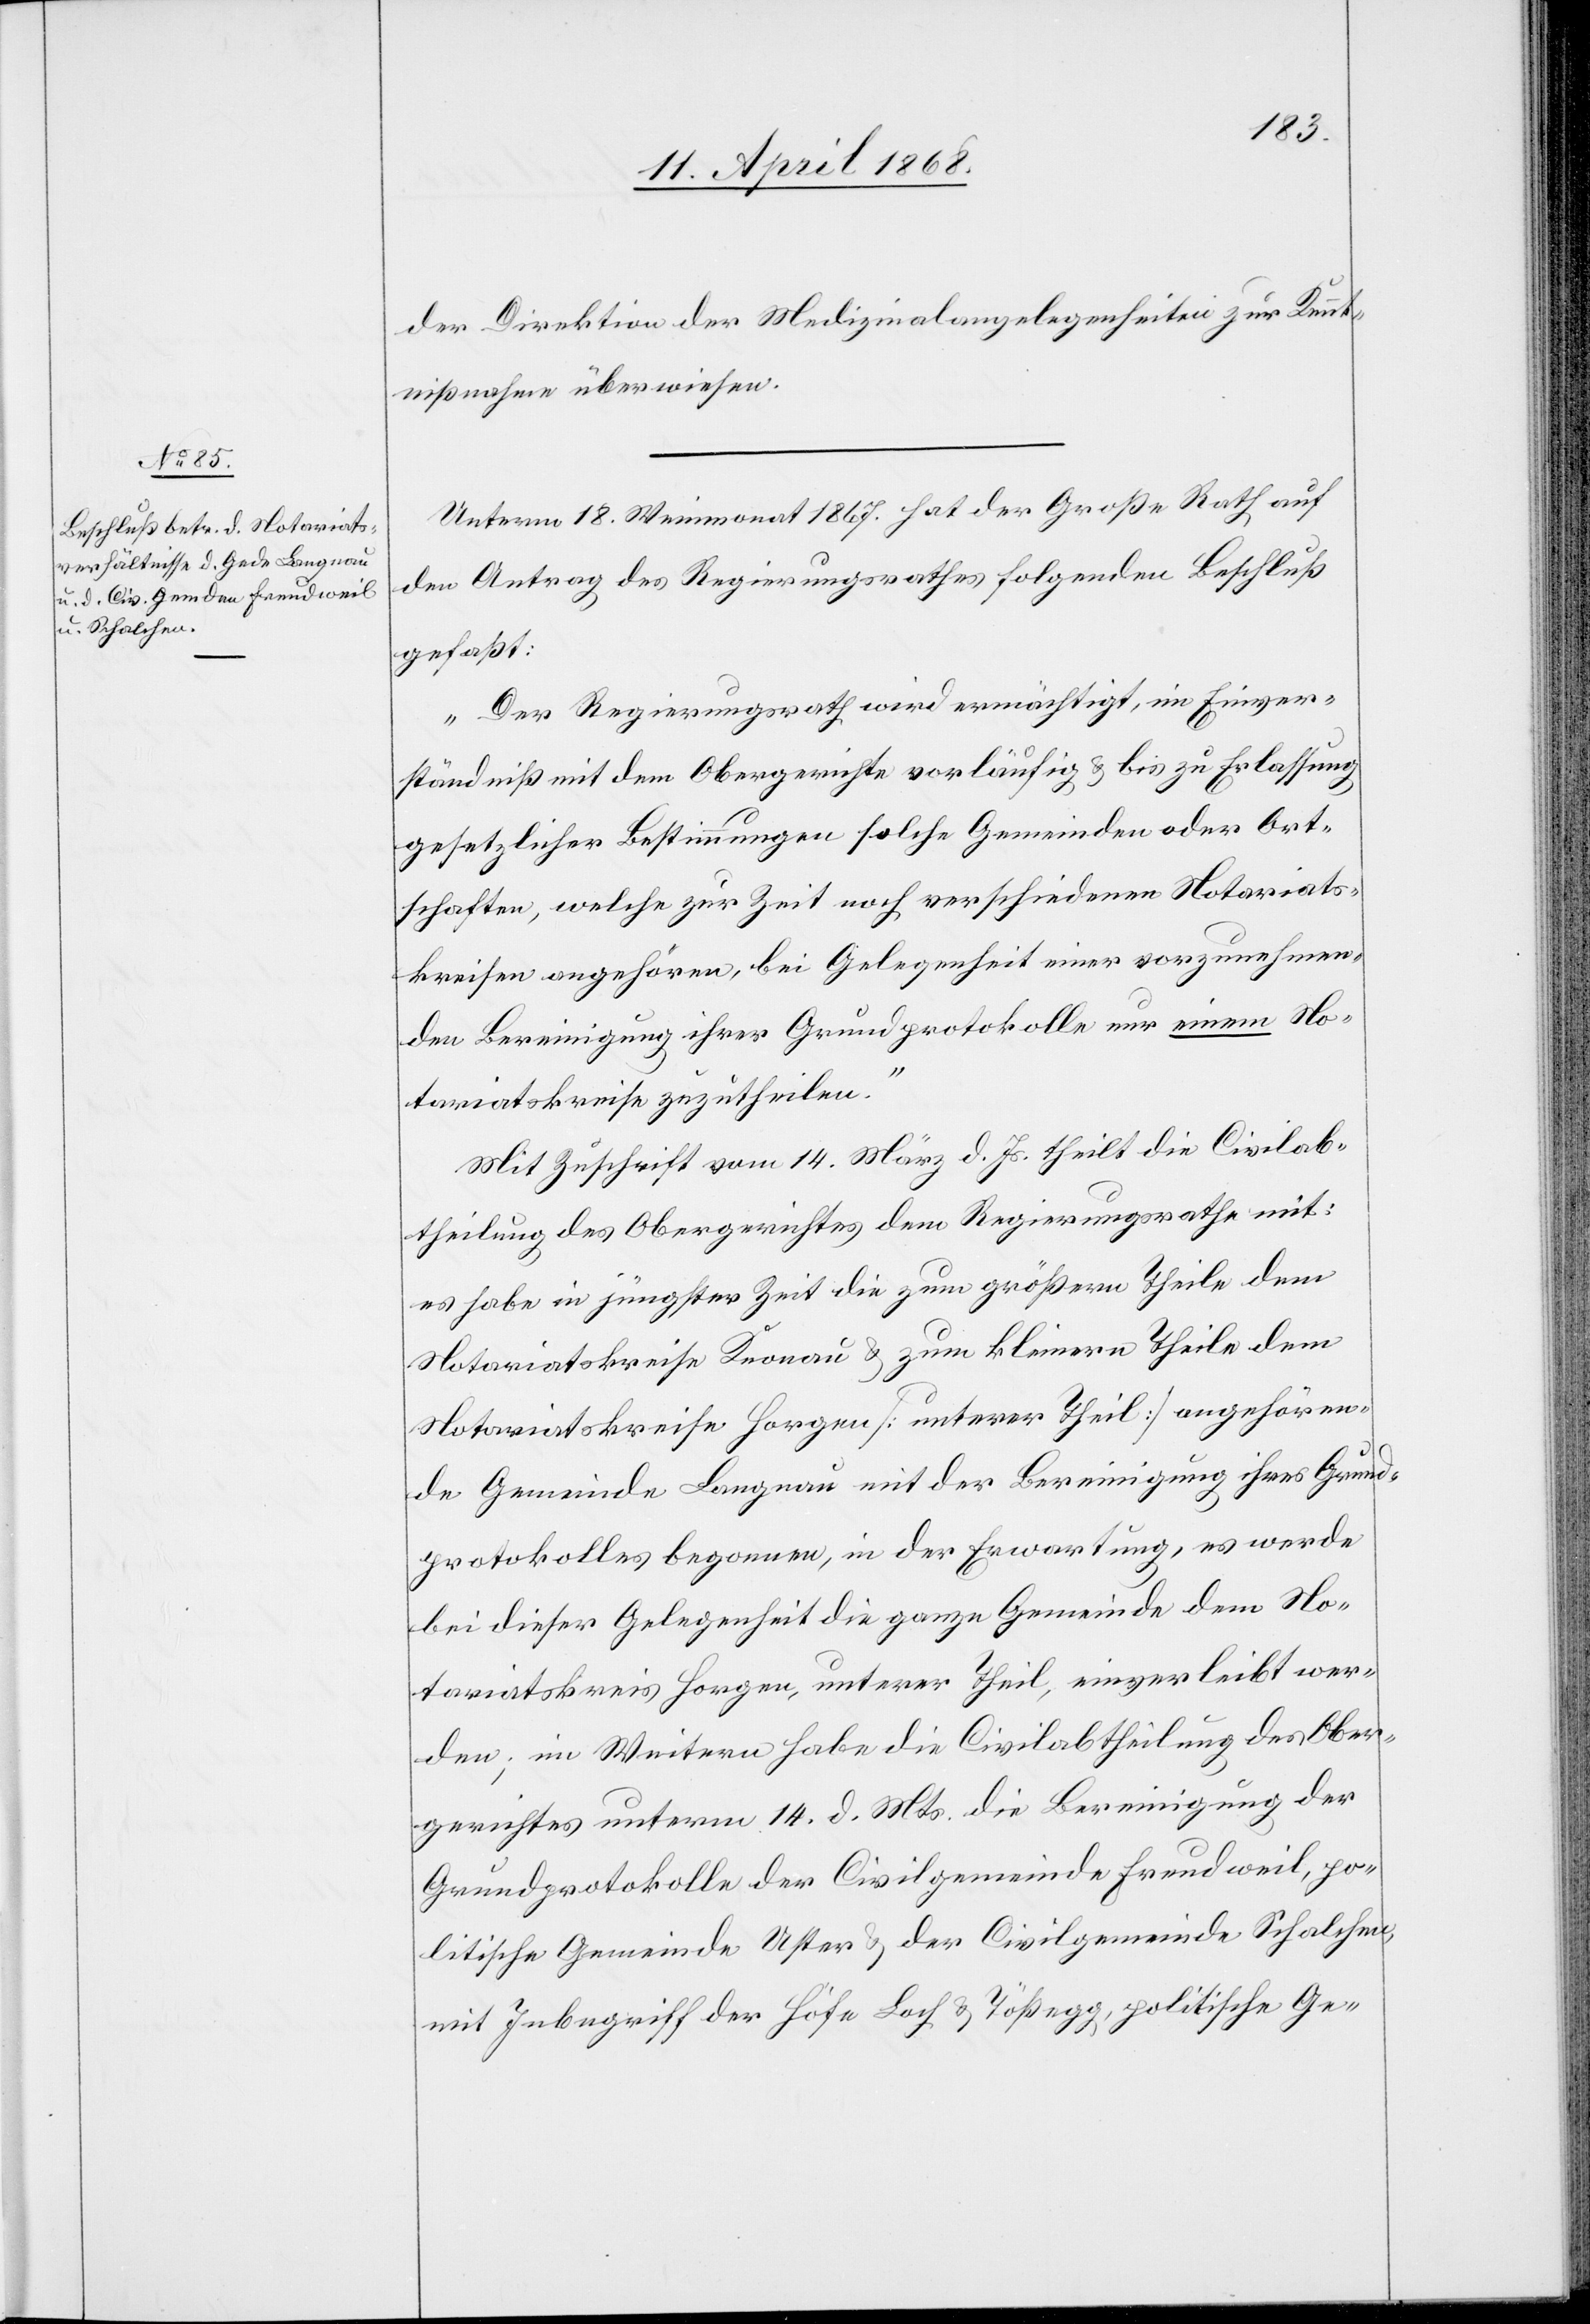
der Direktion der Medizinalangelegenheiten zur Kennt¬
nißnahme überwiesen.
Unterm 18. Weinmonat 1867. hat der Große Rath auf
den Antrag des Regierungsrathes folgenden Beschluß
gefaßt:
„Der Regierungsrath wird ermächtigt, im Einver¬
ständniß mit dem Obergerichte vorläufig & bis zu Erlassung
gesetzlicher Bestimmungen solche Gemeinden oder Ort¬
schaften, welche zur Zeit noch verschiedenen Notariats¬
kreisen angehören, bei Gelegenheit einer vorzunehmen¬
den Bereinigung ihrer Grundprotokolle nur einem No¬
tariatskreise zuzutheilen.“
Mit Zuschrift vom 14. März d. Js. theilt die Civilab¬
theilung des Obergerichtes dem Regierungsrathe mit:
es habe in jüngster Zeit die zum größern Theile dem
Notariatskreise Knonau & zum kleinern Theile dem
Notariatskreise Horgen [unterer Theil] angehören¬
de Gemeinde Langnau mit der Bereinigung ihres Grund¬
protokolles begonnen, in der Erwartung, es werde
bei dieser Gelegenheit die ganze Gemeinde dem No¬
tariatskreis Horgen, unterer Theil, einverleibt wer¬
den; im Weitern habe die Civilabtheilung des Ober¬
gerichtes unterm 14. d. Mts. die Bereinigung der
Grundprotokolle der Civilgemeinde Freudweil, po¬
litische Gemeinde Uster & der Civilgemeinde Schalchen,
mit Inbegriff der Höfe Loch & Tößegg, politische Ge-